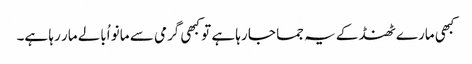
کبھی مارے ٹھنڈ کے یہ جما جا رہا ہے تو کبھی گرمی سے مانو اُبالے مار رہا ہے۔